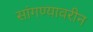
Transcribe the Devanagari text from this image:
सांगण्यावरीन